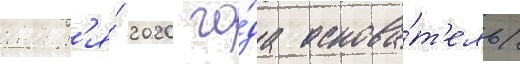
январ'я́ 2020 го́да основа́т'ель